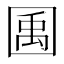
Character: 𫭎